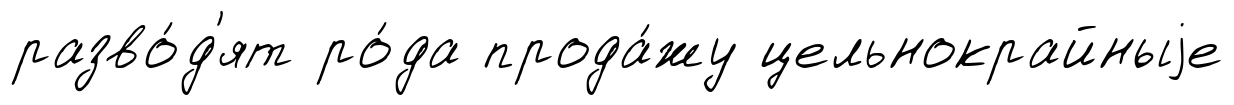
разво́д'ят ро́да прода́жу цельнокрайныjе